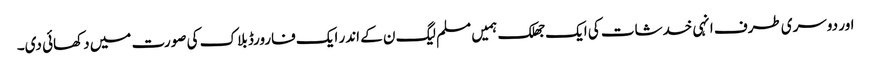
اور دوسری طرف انہی خدشات کی ایک جھلک ہمیں مسلم لیگ ن کے اندر ایک فارورڈ بلاک کی صورت میں دکھائی دی۔